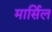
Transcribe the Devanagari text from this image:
मार्सिल